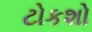
ટોકશો